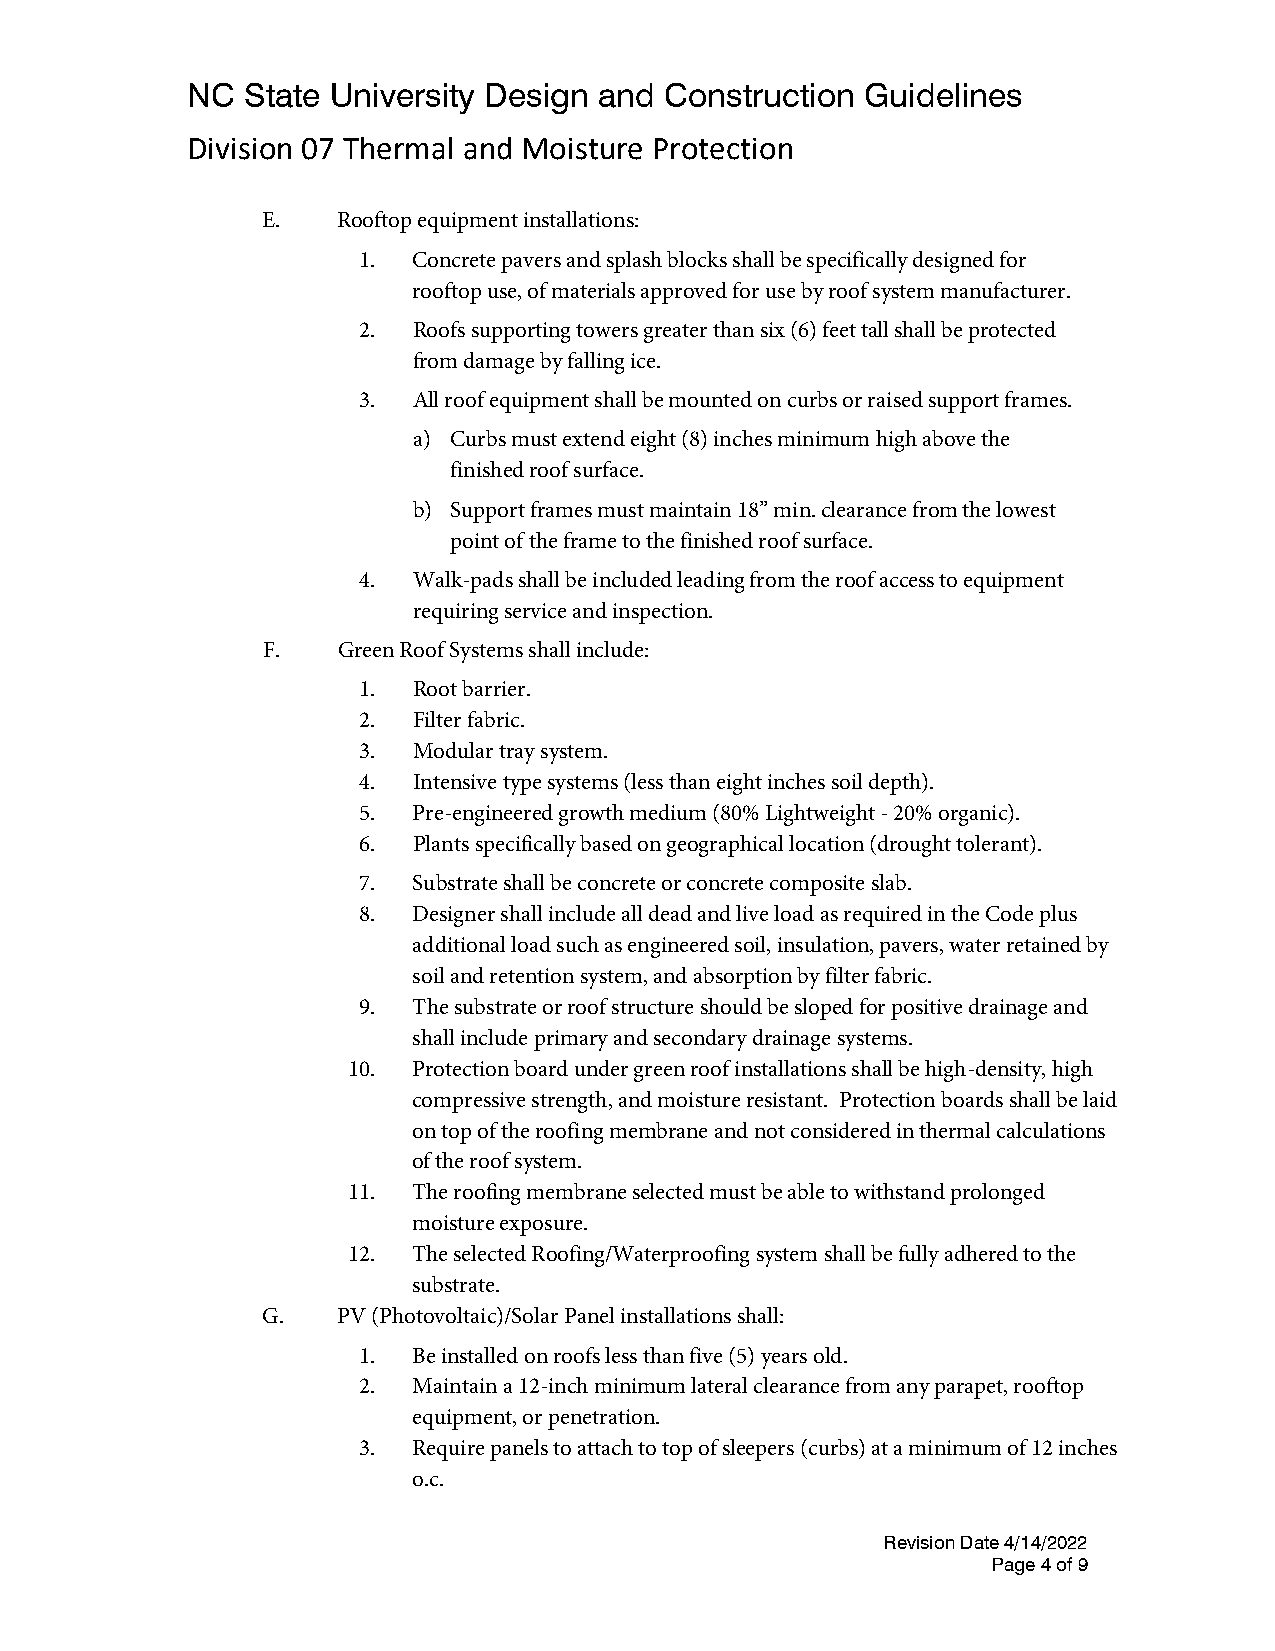
NC  State University Design and Construction Guidelines
 Division 07 Thermal and Moisture Protection
 E.   Rooftop equipment installations:
 1. Concrete pavers and splash blocks shall be specifically designed for
 rooftop use, of materials approved for use by roof system manufacturer.
 2. Roofs supporting towers greater than six (6) feet tall shall be protected
 from damage by falling ice.
 3. All roof equipment shall be mounted on curbs or raised support frames.
 a) Curbs must extend eight (8) inches minimum high above the
 finished roof surface.
 b) Support frames must maintain 18” min. clearance from the lowest
 point of the frame to the finished roof surface.
 4. Walk-pads shall be included leading from the roof access to equipment
 requiring service and inspection.
 F.   Green Roof Systems shall include:
 1. Root barrier.
 2. Filter fabric.
 3. Modular tray system.
 4. Intensive type systems (less than eight inches soil depth).
 5. Pre-engineered growth medium (80% Lightweight - 20% organic).
 6. Plants specifically based on geographical location (drought tolerant).
 7. Substrate shall be concrete or concrete composite slab.
 8. Designer shall include all dead and live load as required in the Code plus
 additional load such as engineered soil, insulation, pavers, water retained by
 soil and retention system, and absorption by filter fabric.
 9. The substrate or roof structure should be sloped for positive drainage and
 shall include primary and secondary drainage systems.
 10. Protection board under green roof installations shall be high-density, high
 compressive strength, and moisture resistant. Protection boards shall be laid
 on top of the roofing membrane and not considered in thermal calculations
 of the roof system.
 11. The roofing membrane selected must be able to withstand prolonged
 moisture exposure.
 12. The selected Roofing/Waterproofing system shall be fully adhered to the
 substrate.
 G.   PV (Photovoltaic)/Solar Panel installations shall:
 1. Be installed on roofs less than five (5) years old.
 2. Maintain a 12-inch minimum lateral clearance from any parapet, rooftop
 equipment, or penetration.
 3. Require panels to attach to top of sleepers (curbs) at a minimum of 12 inches
 o.c.
 Revision Date 4/14/2022
 Page 4 of 9